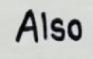
Also